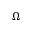
\Omega